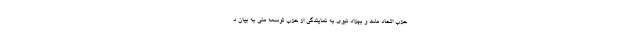
حزب اتحاد ملت و بهزاد نبوی به نمایندگی از حزب توسعه ملی به بیان د